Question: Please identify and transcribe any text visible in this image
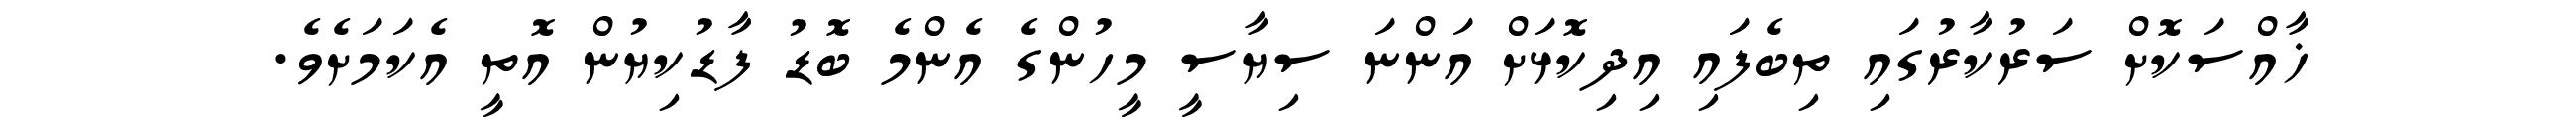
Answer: ޚާއްސަކޮށް ސަރުކާރުގައި ތިބެފައި އިދިކޮޅަށް އަންނަ ސިޔާސީ މީހުންގެ އެންމެ ބޮޑު ފާޑުކިޔުން އޮތީ އެކަމަށެވެ.